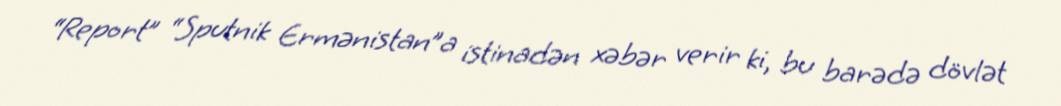
“Report” “Sputnik Ermənistan”a istinadən xəbər verir ki, bu barədə dövlət